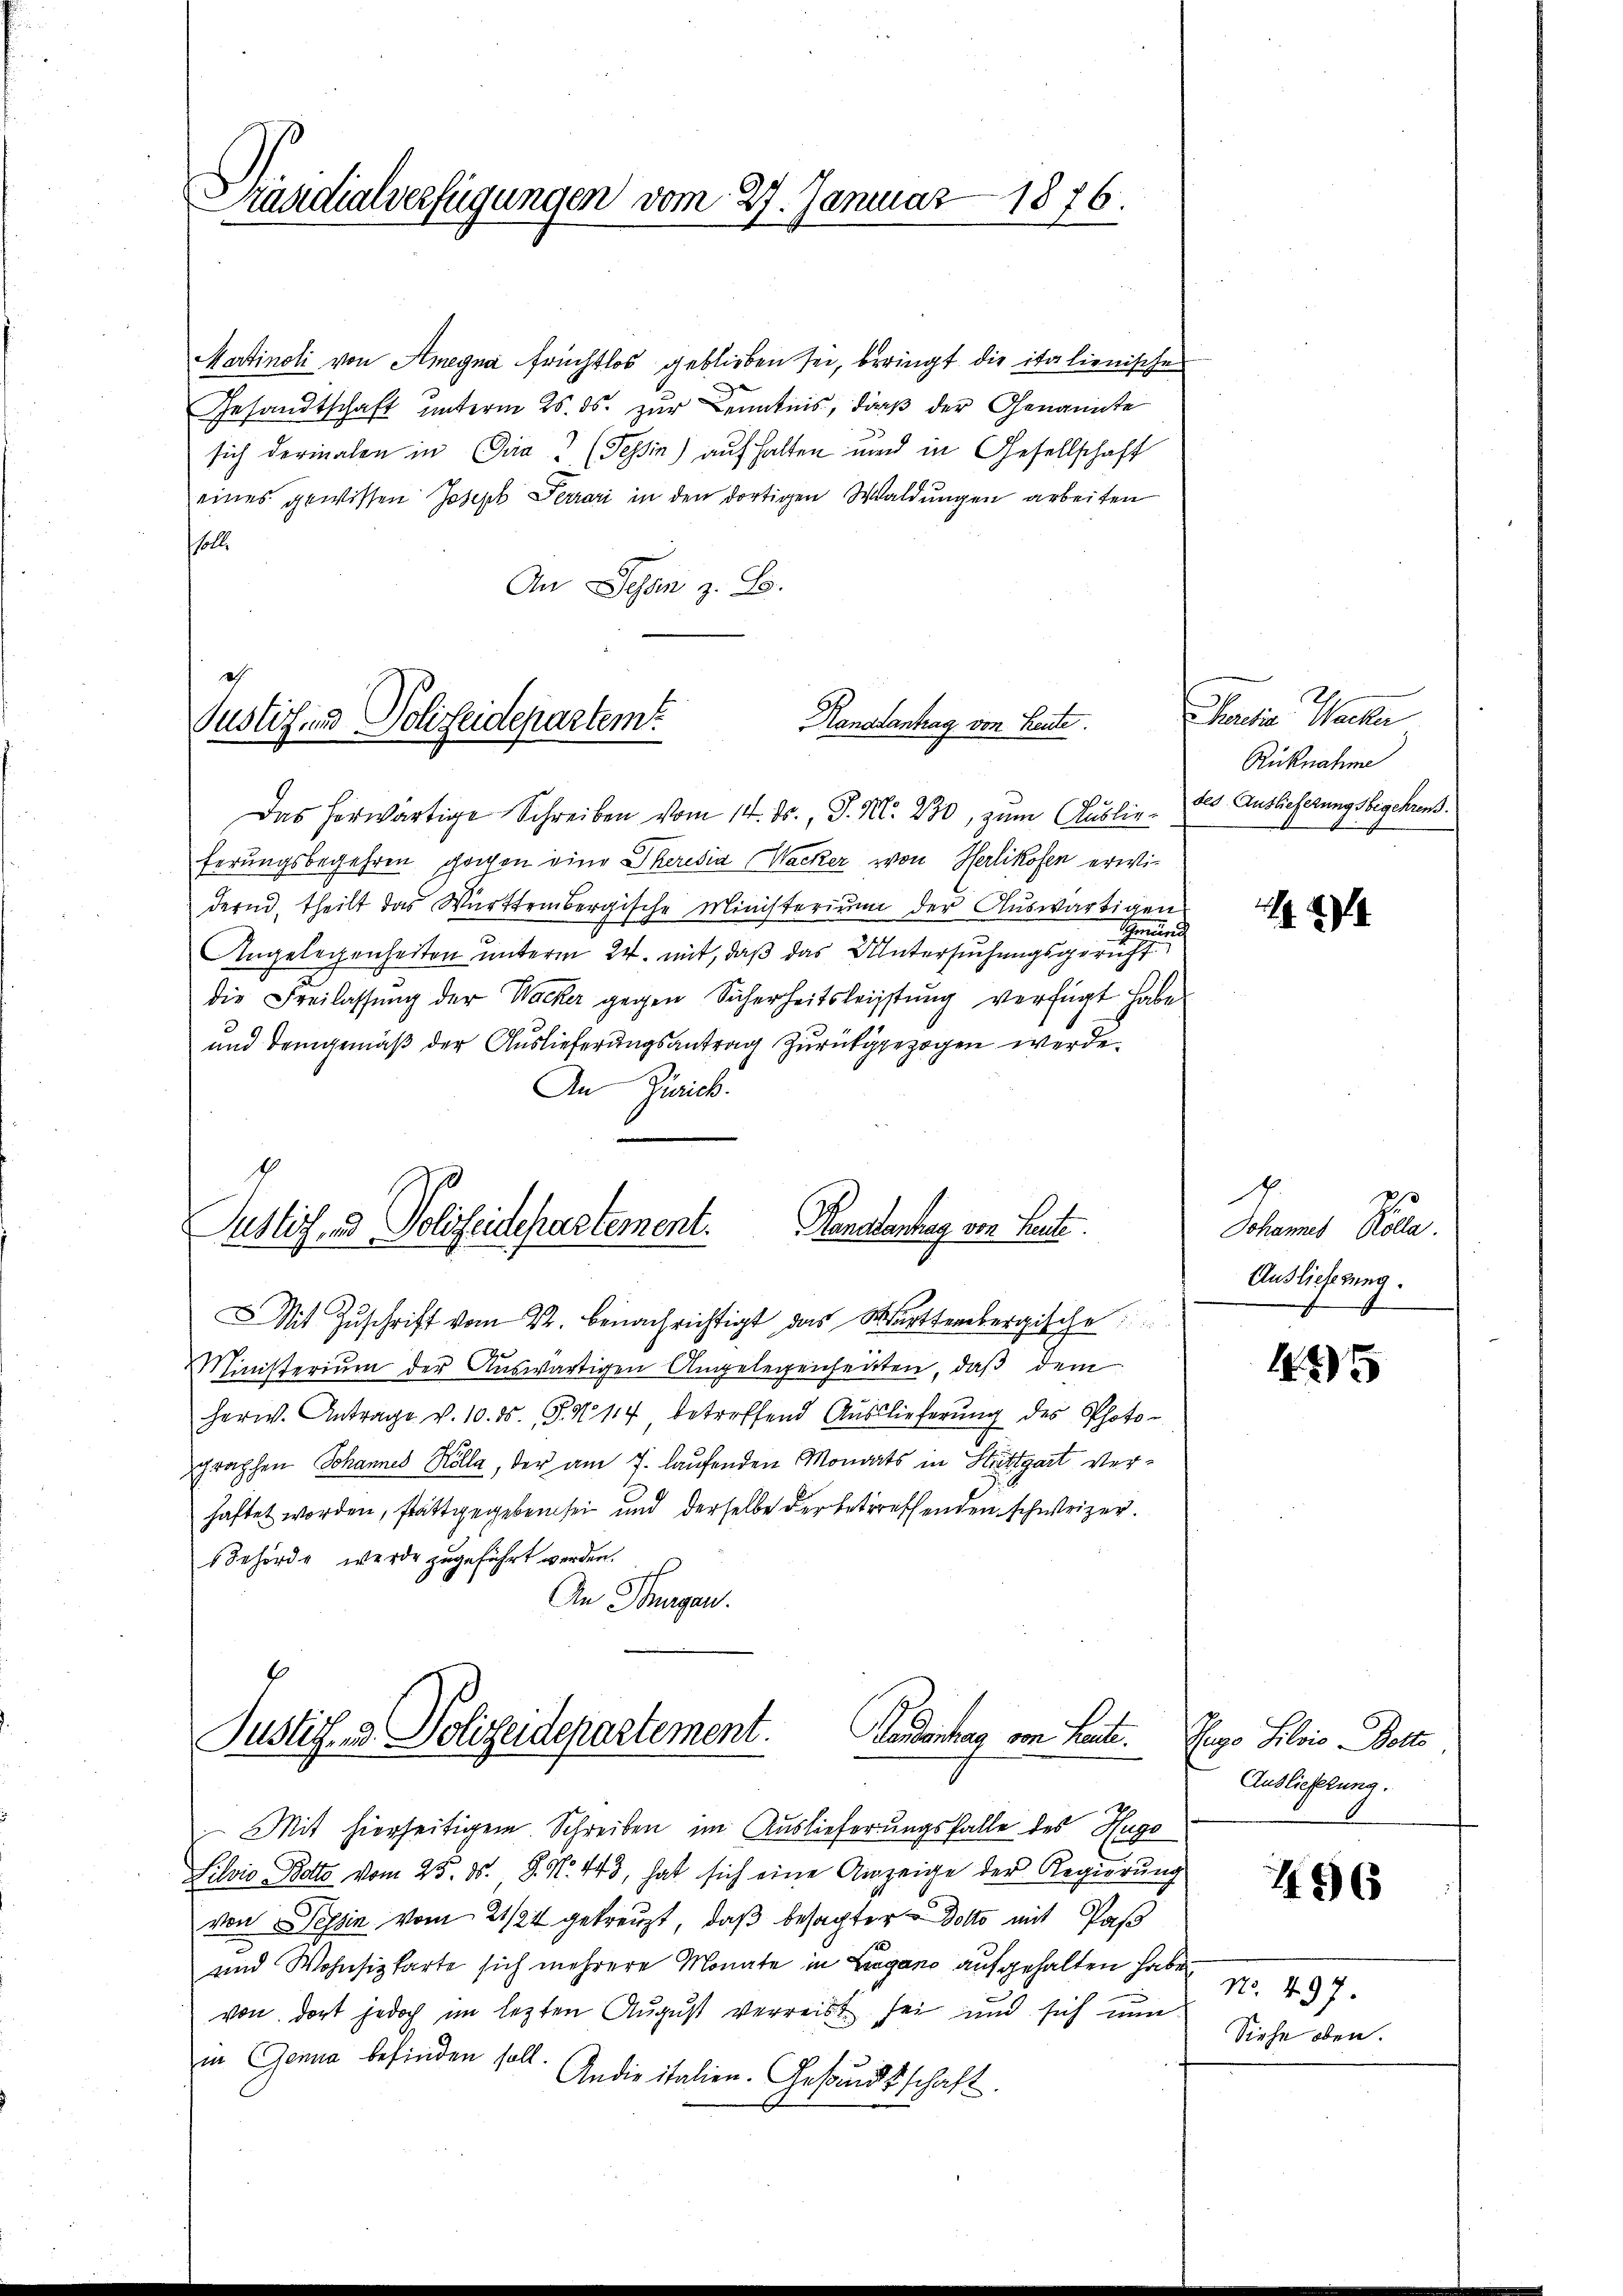
Praudialverfügungen vom 27. Januar 1876.

Martinoli von Amegna früchtlos geblieben sei, beringt die italienische
Gesandtschaft unterm 25. ds. zur Kenntnis, daß der Genannte
sich dermalen in Gira“ (Tessin) auf halten und in Gesellschaft
eines gewissen Joseph Ferrari in den dortigen Waldungen arbeiten
l
An Schan z. B.

g
Ranstantrag von Heute.
Justiz und Polizeidepartem

Angelegenheiten unterm 24. mit, daß das Untersuchungsgeruht
die Freilassung der Wacker gegen Sicherheitsleistung verfügt habe.
und demgemäß der Auslieferungsantrag zurückgezogen werde.
An Zürich.

Das herwärtige Schreiben vom 14. ds., P. Nr. 230, zum Ausliefes Auslieferungsbegehren.
ferungsbegehren gegen eine Theresia Wacker von Herlikofen erwidernd, theilt das Württembergische Ministerium der Auswärtigen
Gmunde

Justiz und Polizeidepartement. Monatentrag von Leute

Mit Zuschrift vom 22. benachrichtigt das Warttembergische
Ministerium der Auswärtigen Angelegenheiten, daß dem
herw. Antrage v. 10. ds. S. N. 114 betreffend Auslieferŭng des Photo-
graphen Johannes Kölla, der am 7. laufenden Monats in Stuttgart verhaftet worden, stattgegeben sei und derselbe der betreffenden schweizer.
Behörde werde zugeführt werden.
An Thurgau.

Mit hierseitigem Schreiben im Auslieferungsfalle des Hugo
Silvis Botts vom 25. ds. S. N. 443, hat sich eine Anzeige der Regierung
von Tessin vom 21/24 gekreuzt, daß besagter Dotto mit Pas
und Wohnsizkarte sich mehrere Monate in Lugano aufgehalten haben
von dort jedoch im lezten August verreist sei und sich nun
in Genua befinden soll.
Andie italien. Gesandtschaft.

Justiz- & Polizeidepartement.
Gaudentrag von Leute. Wege Selois Dotte

Phaedian Wacker
Rüknahme

.

1
Johannes Kolla.
Auslieferung.

125

Auslieferung.

496

No. 497.
Siehe oben.